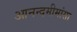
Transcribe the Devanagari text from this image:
आनन्दमीमांसा